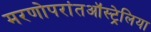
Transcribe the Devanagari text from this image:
मरणोपरांतऑस्ट्रेलिया